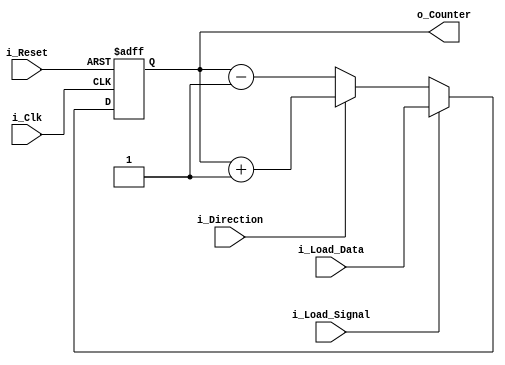
// Dwukierunkowy licznik z synchronicznym wpisem rwnolegym
// i zerowaniem asynchronicznym
module licznik 
	#( parameter LENGTH = 4)
	( input			i_Clk,
	  input			i_Reset,
	  input			i_Direction,	// kierunek zliczania
	  input			i_Load_Signal,	// Sygna do adowania do rejestru 
	  input [LENGTH-1:0] i_Load_Data,	// dane do wpisania
	  output reg [LENGTH-1:0] o_Counter	// Wyjscie licznika
	);
	
	
	always @(posedge i_Clk or negedge i_Reset)
	begin
		if(!i_Reset)		// jeli reset = 0,
			o_Counter <= {LENGTH{1'b0}};
		else if (i_Load_Signal)		// Jeli sygna do wpisania do rej = 1
			o_Counter <= i_Load_Data;
		else
			if(i_Direction)		// Zliczanie w gre
				o_Counter <= o_Counter + 1;
			else o_Counter <= o_Counter - 1;

	end // always
	
endmodule